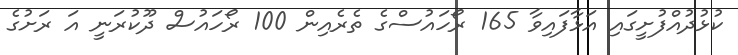
ކުޅުދުއްފުށީގައި އަޅާފައިވާ 165 ރޯހައުސްގެ ތެރެއިން 100 ރޯހައުސް ދޫކުރަނީ އަ ރަށުގެ